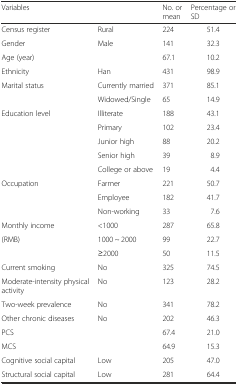
<table><thead><tr><td><b>Variables</b></td><td></td><td><b>No. or mean</b></td><td><b>Percentage or SD</b></td></tr></thead><tbody><tr><td>Census register</td><td>Rural</td><td>224</td><td>51.4</td></tr><tr><td>Gender</td><td>Male</td><td>141</td><td>32.3</td></tr><tr><td>Age (year)</td><td></td><td>67.1</td><td>10.2</td></tr><tr><td>Ethnicity</td><td>Han</td><td>431</td><td>98.9</td></tr><tr><td>Marital status</td><td>Currently married</td><td>371</td><td>85.1</td></tr><tr><td></td><td>Widowed/Single</td><td>65</td><td>14.9</td></tr><tr><td>Education level</td><td>Illiterate</td><td>188</td><td>43.1</td></tr><tr><td></td><td>Primary</td><td>102</td><td>23.4</td></tr><tr><td></td><td>Junior high</td><td>88</td><td>20.2</td></tr><tr><td></td><td>Senior high</td><td>39</td><td>8.9</td></tr><tr><td></td><td>College or above</td><td>19</td><td>4.4</td></tr><tr><td>Occupation</td><td>Farmer</td><td>221</td><td>50.7</td></tr><tr><td></td><td>Employee</td><td>182</td><td>41.7</td></tr><tr><td></td><td>Non-working</td><td>33</td><td>7.6</td></tr><tr><td>Monthly income</td><td>&lt;1000</td><td>287</td><td>65.8</td></tr><tr><td>(RMB)</td><td>1000 ~ 2000</td><td>99</td><td>22.7</td></tr><tr><td></td><td>≥2000</td><td>50</td><td>11.5</td></tr><tr><td>Current smoking</td><td>No</td><td>325</td><td>74.5</td></tr><tr><td>Moderate-intensity physical activity</td><td>No</td><td>123</td><td>28.2</td></tr><tr><td>Two-week prevalence</td><td>No</td><td>341</td><td>78.2</td></tr><tr><td>Other chronic diseases</td><td>No</td><td>202</td><td>46.3</td></tr><tr><td>PCS</td><td></td><td>67.4</td><td>21.0</td></tr><tr><td>MCS</td><td></td><td>64.9</td><td>15.3</td></tr><tr><td>Cognitive social capital</td><td>Low</td><td>205</td><td>47.0</td></tr><tr><td>Structural social capital</td><td>Low</td><td>281</td><td>64.4</td></tr></tbody></table>